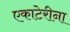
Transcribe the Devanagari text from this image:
एकाटेरीना